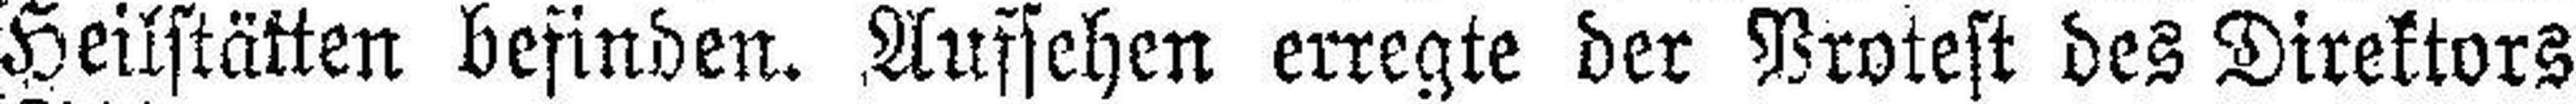
Heilstätten befinden. Aufsehen erregte der Protest des Direktors